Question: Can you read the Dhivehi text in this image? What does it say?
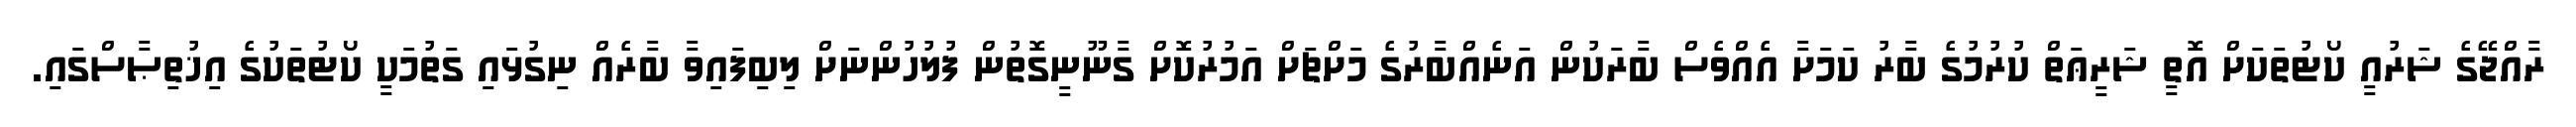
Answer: ރާއްޖޭގެ ޝަރުއީ ކޯޓުތަކަށް އޮތީ ޝަރީޢަތް ކުރުމުގެ ބާރު ކަމަށާ އެއްވެސް ބާރަކުން އަނެއްބާރުގެ މަށްޗަށް އަމުރުކޮށް ގާނޫނީގޮތުން ފުލުހުންނަށް ލިބިފައިވާ ބާރެއް ނިގުޅައި ގަތުމަކީ ކޯޓުތަކުގެ އިޚުތިޞާސްގައި.